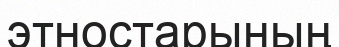
этностарының